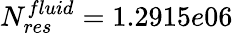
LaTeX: N_{res}^{fluid}=1.2915e06